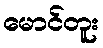
မောင်တူး